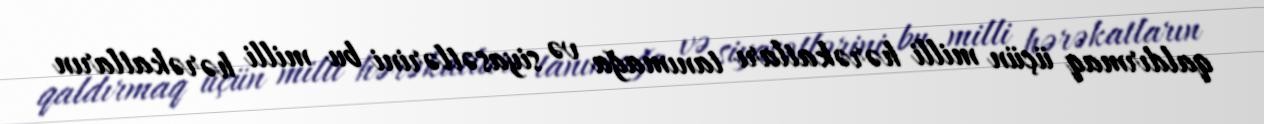
qaldırmaq üçün milli hərəkatları tanımağa və siyasətlərini bu milli hərəkatların